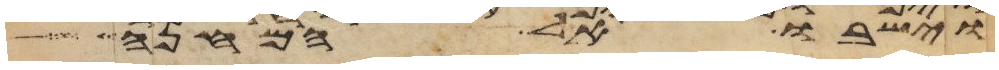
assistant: וישבו אל המחנה